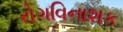
રોગવિનાશક